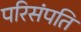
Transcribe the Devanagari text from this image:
परिसंपति